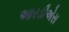
આરડીએસ